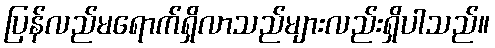
ပြန်လည်မရောက်ရှိလာသည်များလည်းရှိပါသည်။